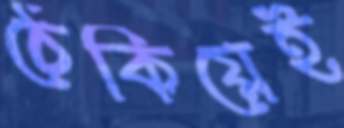
ঠেকিয়েই